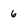
Character: 6